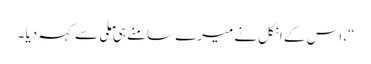
“، اس کے انکل نے میرے سامنے ہی ملی سے کہہ دیا ۔